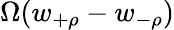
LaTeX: \Omega(w_{+\rho}-w_{-\rho})